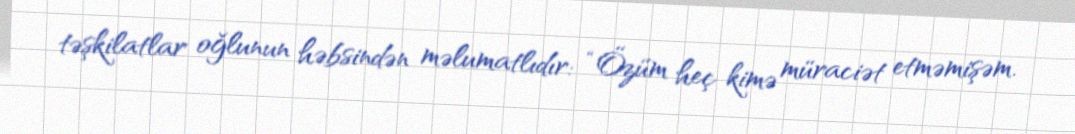
təşkilatlar oğlunun həbsindən məlumatlıdır: “Özüm heç kimə müraciət etməmişəm.